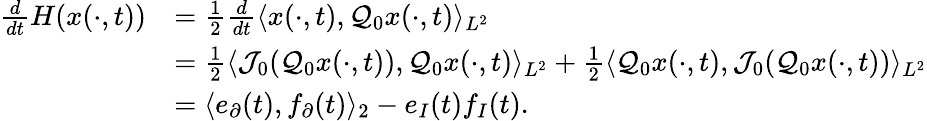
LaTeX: \begin{array}{rl}{\frac{d}{dt}H(x(\cdot,t))}&{=\frac{1}{2}\frac{d}{dt}\langle x(\cdot,t),\mathcal{Q}_{0}x(\cdot,t)\rangle_{L^{2}}}\\ &{=\frac{1}{2}\langle\mathcal{J}_{0}(\mathcal{Q}_{0}x(\cdot,t)),\mathcal{Q}_{0}x(\cdot,t)\rangle_{L^{2}}+\frac{1}{2}\langle\mathcal{Q}_{0}x(\cdot,t),\mathcal{J}_{0}(\mathcal{Q}_{0}x(\cdot,t))\rangle_{L^{2}}}\\ &{=\langle e_{\partial}(t),f_{\partial}(t)\rangle_{2}-e_{I}(t)f_{I}(t).}\end{array}